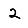
Digit: 2